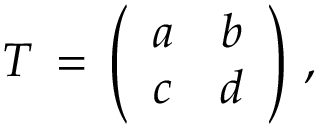
T \, = \, \left( \begin{array} { c c } { { a } } & { { b } } \\ { { c } } & { { d } } \end{array} \right) \, ,